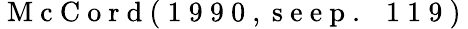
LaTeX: \mathrm{~M~c~C~o~r~d~(~1~9~9~0~,~s~e~e~p~.~~~1~1~9~)~}